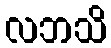
လဘသိ